Leaving Certificate Examination (including Day School Certificate (Higher) General paper), 1938
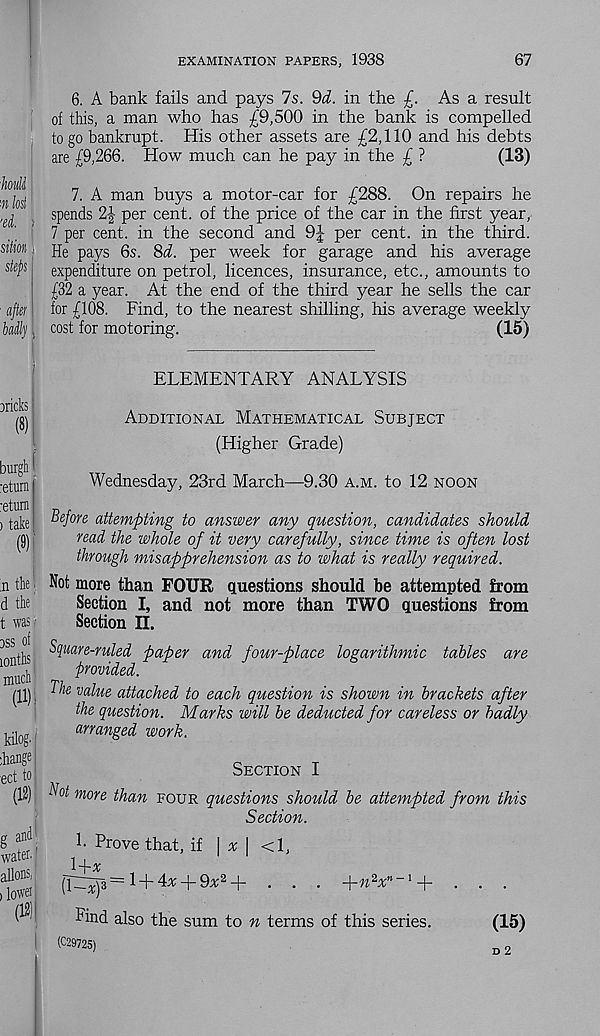
EXAMINATION PAPERS, 1938
67
houli
m lost
aftet
bid],
i
Dlicks
(8)
burgh ^
return
return
) take
(9)
m the i
d the
t was?
3SS Of
ionths
much
(ID:
kilog'
rhange
■ ect to
(12)
g and'
waten |
aliens,
> lowei
(12)'
6. A bank fails and pays 7s. 9d. in the £. As a result
of this, a man who has £9,500 in the bank is compelled
to go bankrupt. His other assets are £2,110 and his debts
are £9,266. How much can he pay in the £ ?
(13)
7. A man buys a motor-car for £288. On repairs he
spends 2| per cent, of the price of the car in the first year,
7 per cent, in the second and 9J per cent, in the third.
He pays 6s. 8d. per week for garage and his average
expenditure on petrol, licences, insurance, etc., amounts to
£32 a year. At the end of the third year he sells the car
for £108. Find, to the nearest shilling, his average weekly
cost for motoring.
(15)
ELEMENTARY ANALYSIS
Additional Mathematical Subject
(Higher Grade)
Wednesday, 23rd March—9.30 a.m. to 12 noon
Before attempting to answer any question, candidates should
read the whole of it very carefully, since time is often lost
through misapprehension as to what is really required.
Not more than FOUR questions should be attempted from
Section I, and not more than TWO questions from
Section II.
Square-ruled paper and four-place logarithmic tables are
provided.
The value attached to each question is shown in brackets after
the question. Marks will be deducted for careless or badly
arranged work.
Section I
Blot more than four questions should be attempted from this
Section.
!• Prove that, if \ x \ <1,
(TY£p = 1 + 4x + 9x 2 + . . . +w 2 a b-1 + . . .
Find also the sum to n terms of this series.
(15)
(029725)
d2